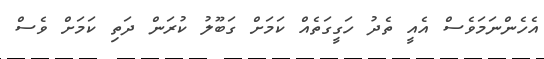
އެހެންނަމަވެސް އެއީ ތެދު ހަގީގަތެއް ކަމަށް ގަބޫލު ކުރަން ދަތި ކަމަށް ވެސް